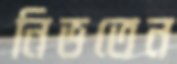
নিভতেন